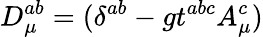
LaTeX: D_{\mu}^{ab}=(\delta^{ab}-gt^{abc}A_{\mu}^{c})